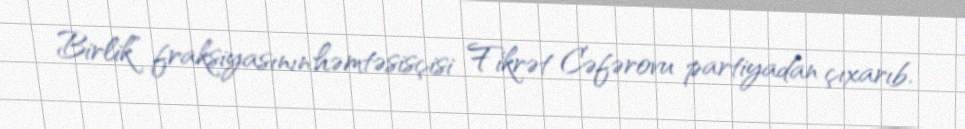
Birlik” fraksiyasının həmtəsisçisi Fikrət Cəfərovu partiyadan çıxarıb.